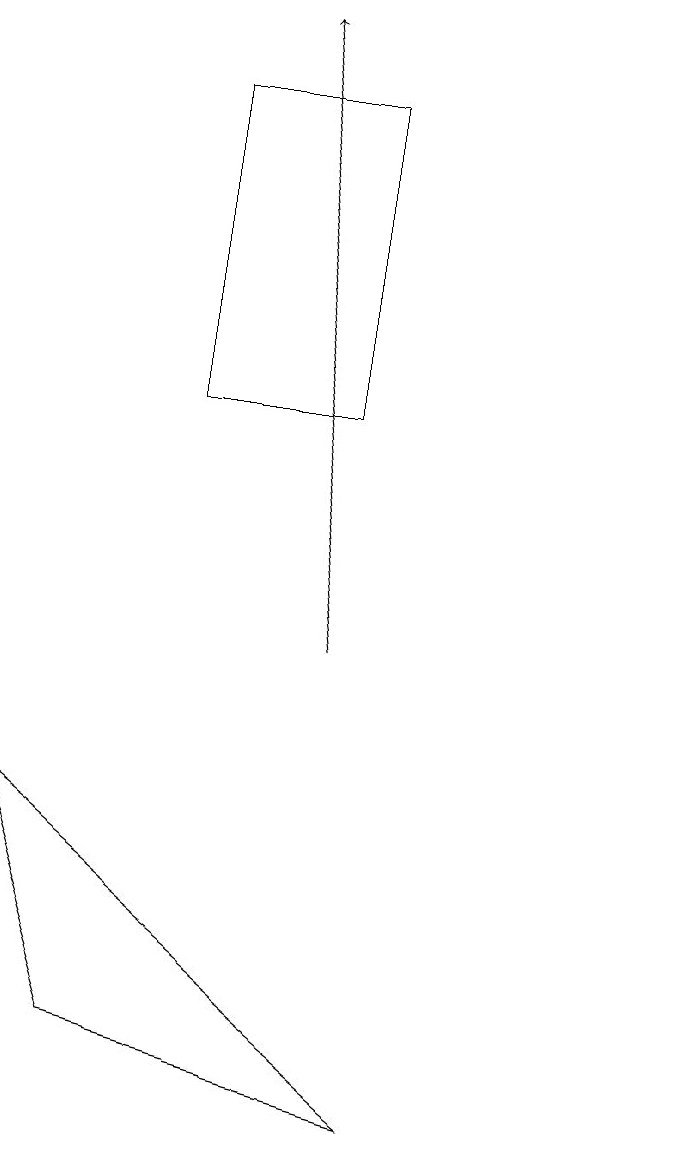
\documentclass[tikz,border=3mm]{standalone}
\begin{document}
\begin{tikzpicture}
\draw[->] (6,11) -- (5,19);
\draw (6,14) rectangle (4,18);
\draw (10,10) circle (0);
\draw (3,6) -- (7,5) -- (2,9) -- cycle;
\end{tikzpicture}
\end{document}